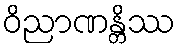
ဝိညာဏန္တိဿ